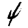
Digit: 4